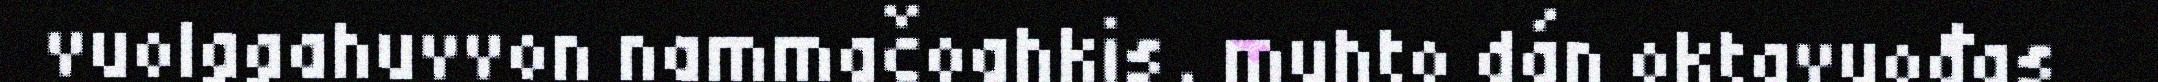
vuolggahuvvon nammačoahkis, muhto dán oktavuođas